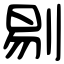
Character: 剔